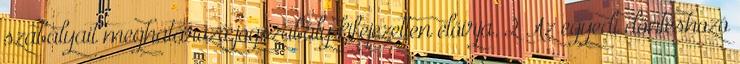
szabályait meghatározó jogszabály kifejezetten előírja. 2 Az egyedi döntéshozó